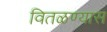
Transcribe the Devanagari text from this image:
वितळण्यास